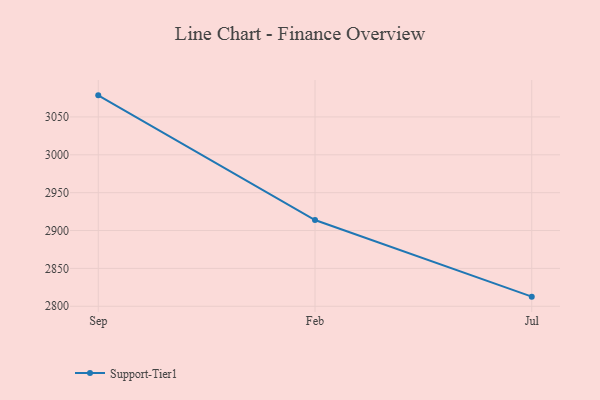
{"axis": {"x": "Month", "y": "Market Share (%)"}, "legend": ["Support-Tier1"], "data": [{"x": "Sep", "y": 3078.5, "type": "Support-Tier1"}, {"x": "Feb", "y": 2913.9, "type": "Support-Tier1"}, {"x": "Jul", "y": 2812.7, "type": "Support-Tier1"}]}